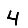
Digit: 4